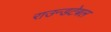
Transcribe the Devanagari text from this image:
राउन्डटेबल